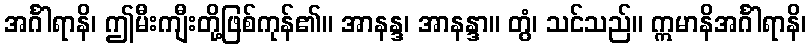
အင်္ဂါရာနိ၊ ဤမီးကျီးတို့ဖြစ်ကုန်၏။ အာနန္ဒ၊ အာနန္ဒာ။ တွံ၊ သင်သည်။ ဣမာနိအင်္ဂါရာနိ၊